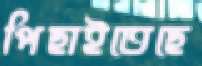
পিছাইতেছে